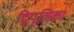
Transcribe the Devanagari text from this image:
द्विपूलिका